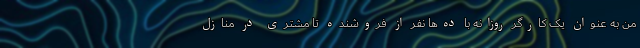
من به عنوان یک کارگر روزانه با ده‌ها نفر از فروشنده تا مشتری در منازل